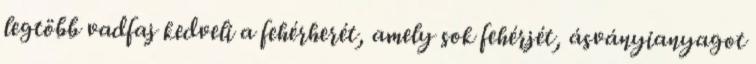
legtöbb vadfaj kedveli a fehérherét, amely sok fehérjét, ásványianyagot